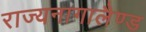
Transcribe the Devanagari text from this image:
राज्यनागालैण्ड